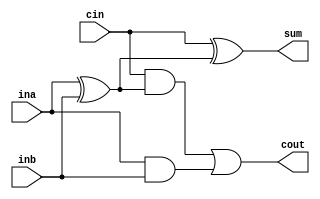
module fullAdder(ina, inb, cin, cout, sum);
 input ina, inb, cin;
 output cout, sum;
 
 
 wire co1, co2, co3; 
 
 xor firstXOR(co1, ina, inb);
 xor secondXOR(sum, cin, co1);
 
 and firstAND(co2, cin, co1);
 and secondAND(co3, ina, inb);
 
 or finalOR(cout, co2, co3);
 
endmodule